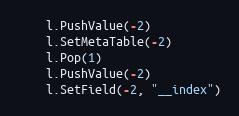
Language: Go
	l.PushValue(-2)
	l.SetMetaTable(-2)
	l.Pop(1)
	l.PushValue(-2)
	l.SetField(-2, "__index")